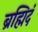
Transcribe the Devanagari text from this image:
ब्रह्मिदं